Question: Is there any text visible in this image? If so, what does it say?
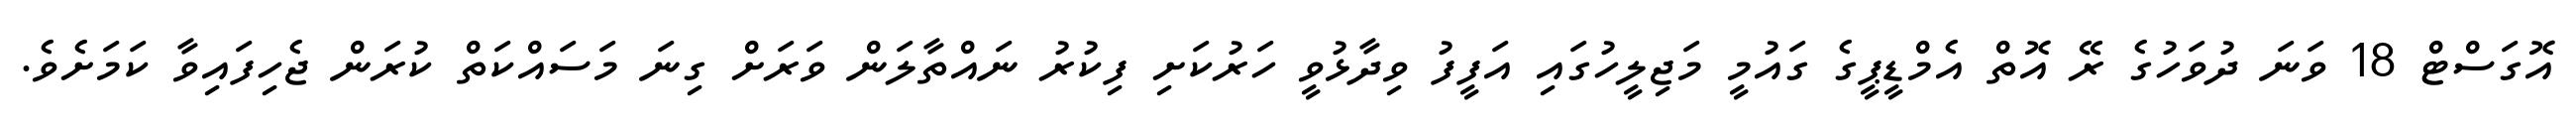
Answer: އޮގަސްޓް 18 ވަނަ ދުވަހުގެ ރޭ އޮތް އެމްޑީޕީގެ ގައުމީ މަޖިލީހުގައި އަފީފު ވިދާޅުވީ ހަރުކަށި ފިކުރު ނައްތާލަން ވަރަށް ގިނަ މަސައްކަތް ކުރަން ޖެހިފައިވާ ކަމަށެވެ.